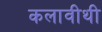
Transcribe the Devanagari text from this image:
कलावीथी